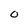
Character: O